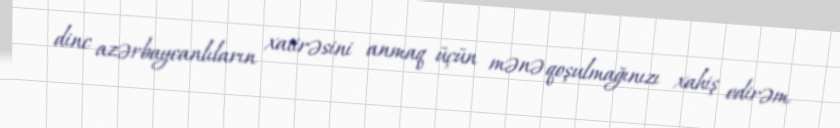
dinc azərbaycanlıların xatirəsini anmaq üçün mənə qoşulmağınızı xahiş edirəm.